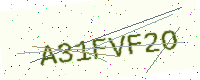
Text: A31FVF2O